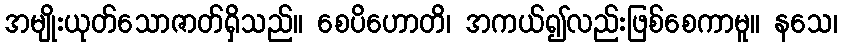
အမျိုးယုတ်သောဇာတ်ရှိသည်။ စေပိဟောတိ၊ အကယ်၍လည်းဖြစ်စေကာမူ။ နသေ၊